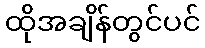
ထိုအချိန်တွင်ပင်